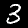
Label: 3